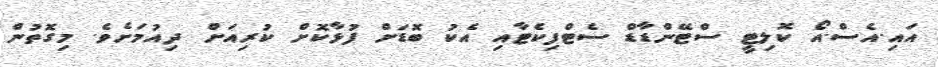
އައި.އެސް.އޯ ކޮލިޓީ ސްޓޭންޑާޑް ސެޓްފިކެޓާއި އެކު ބޮޑަށް ފުޅާކޮށް ކުރިއަށް ދިއުމަށެވެ. މިގޮތުން